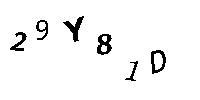
29Y81D